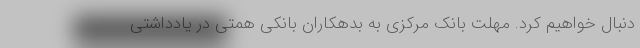
دنبال خواهیم کرد. مهلت بانک مرکزی به بدهکاران بانکی همتی در یادداشتی